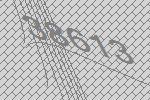
38613